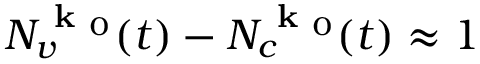
N _ { v } ^ { \textbf { k } _ { 0 } } ( t ) - N _ { c } ^ { \textbf { k } _ { 0 } } ( t ) \approx 1